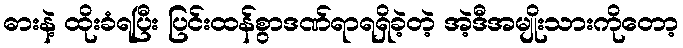
ဓားနဲ့ ထိုးခံရပြီး ပြင်းထန်စွာဒဏ်ရာရရှိခဲ့တဲ့ အဲ့ဒီအမျိုးသားကိုတော့